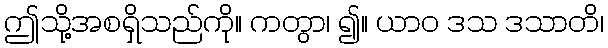
ဤသို့အစရှိသည်ကို။ ကတွာ၊ ၍။ ယာဝ ဒသ ဒသာတိ၊